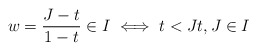
\begin{align*}w=\dfrac{J-t}{1-t}\in I\iff t<Jt,J\in I \end{align*}